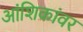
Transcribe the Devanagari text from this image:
आंशिकांवर